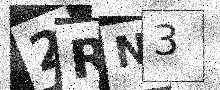
Text: 2RN3